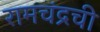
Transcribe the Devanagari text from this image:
रामचंद्रची